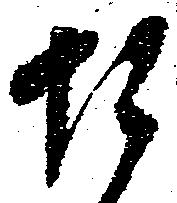
お